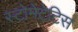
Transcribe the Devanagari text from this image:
स्टोमेटेटिस